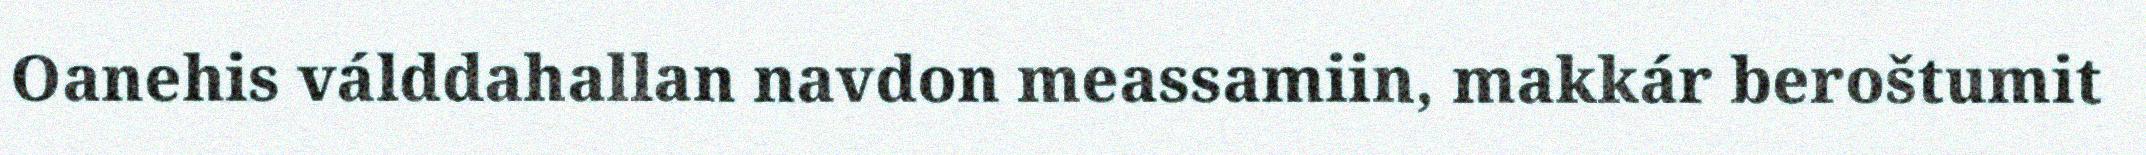
Oanehis válddahallan navdon meassamiin, makkár beroštumit